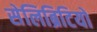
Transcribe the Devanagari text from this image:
सेलिब्रिटियों